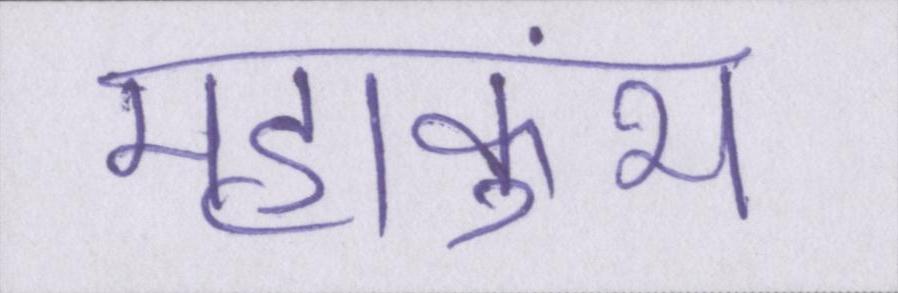
महाकुंभ